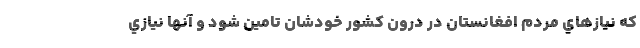
كه نيازهاي مردم افغانستان در درون كشور خودشان تامين شود و آنها نيازي